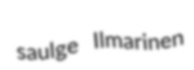
saulge Ilmarinen